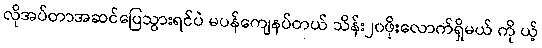
လိုအပ်တာအဆင်ပြေသွားရင်ပဲ မပန်ကျေနပ်တယ် သိန်း၂၀ဖိုးလောက်ရှိမယ် ကို ယ့်